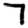
Digit: 7